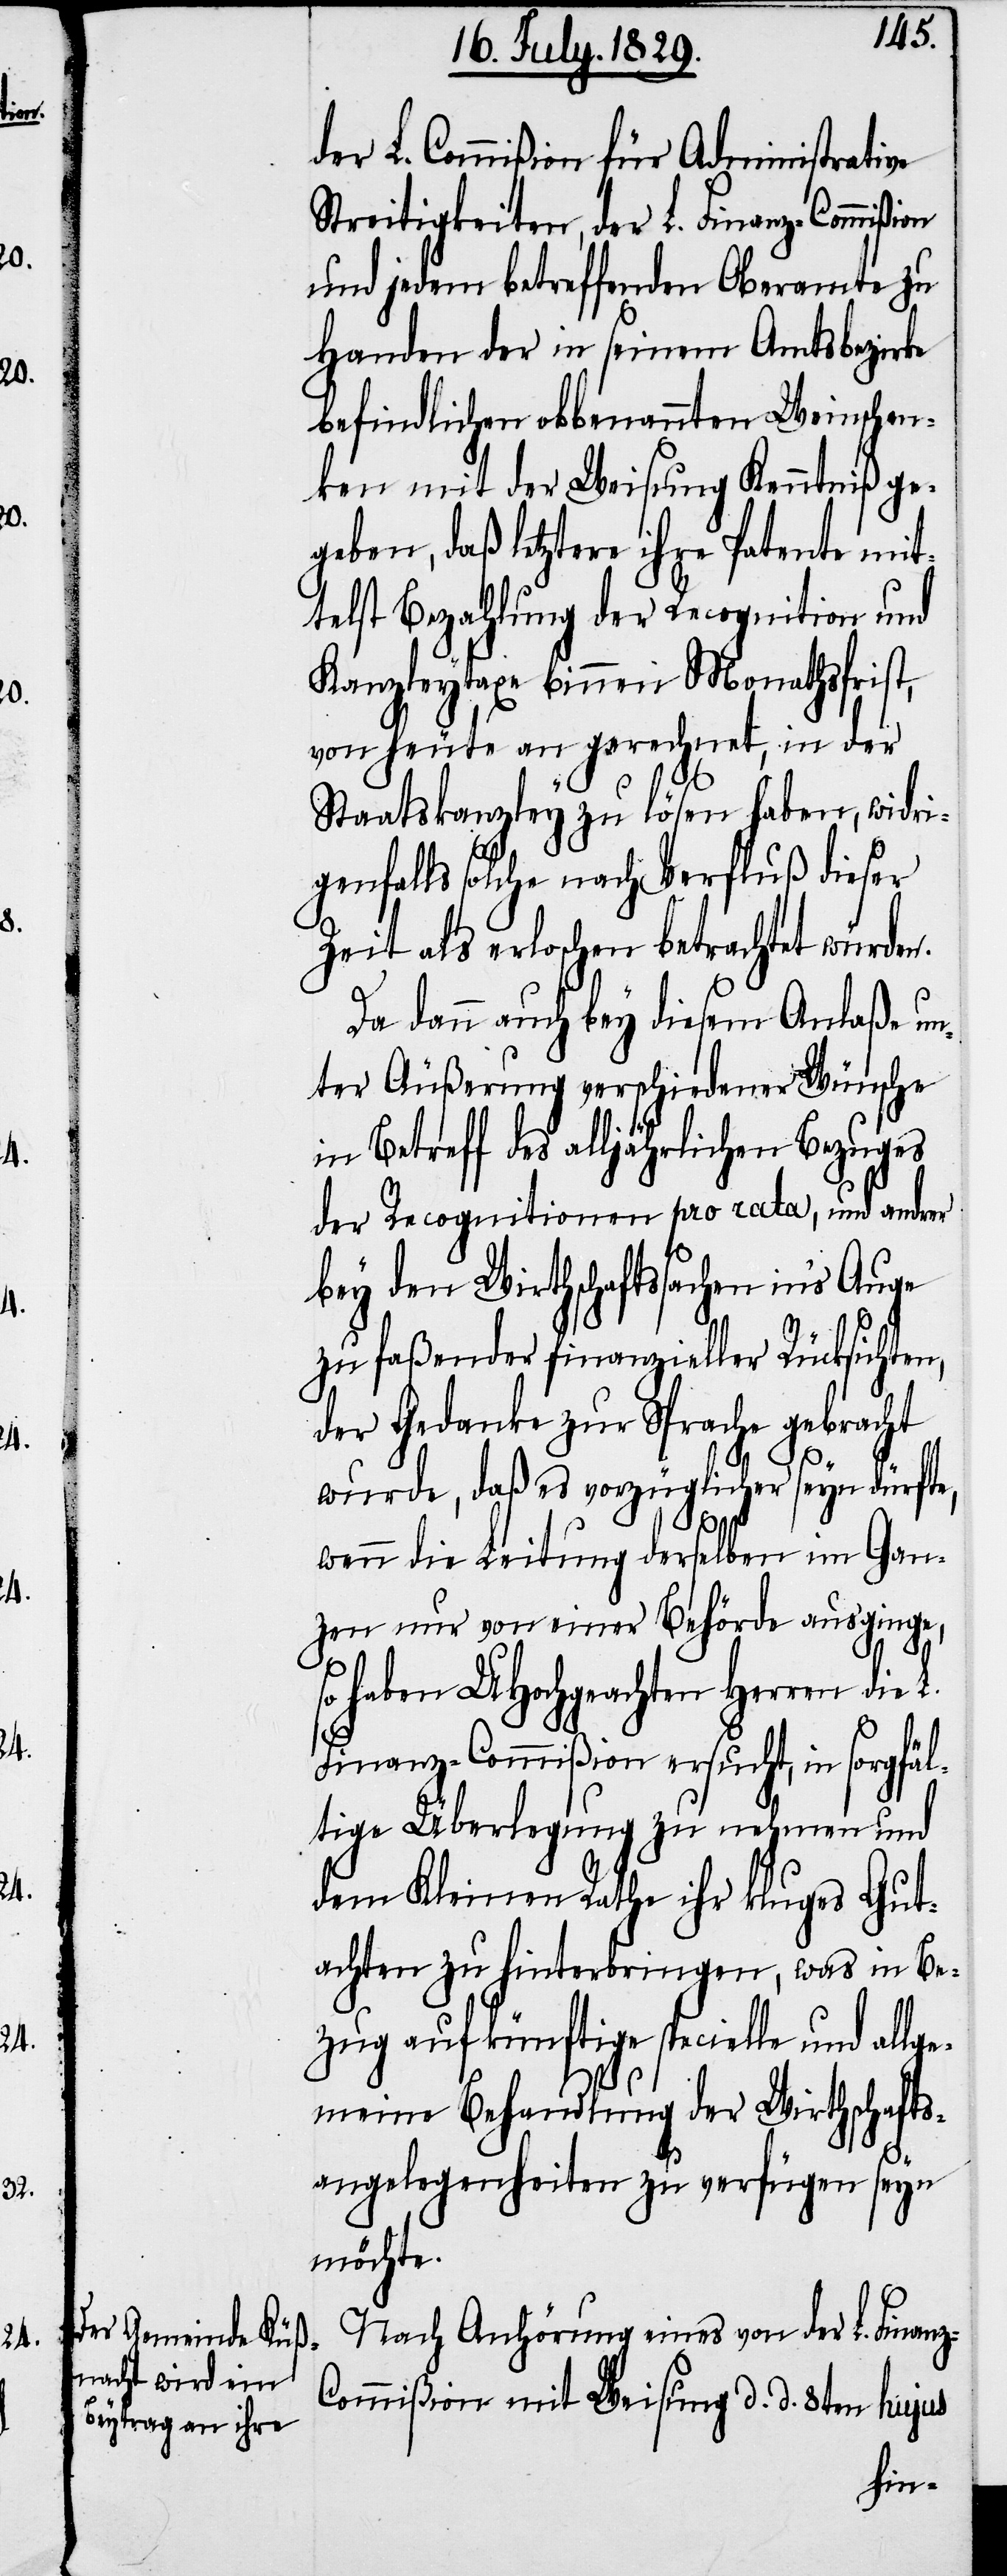
der L. Commißion für Administrative
Streitigkeiten, der L. Finanz-Commißion
und jedem betreffenden Oberamte zu
Handen der in seinem Amtsbezirke
befindlichen obbenannten Weinschen¬
ken mit der Weisung Kenntniß ge¬
geben, daß letztere ihre Patente mit¬
telst Bezahlung der Recognition und
Kanzleytaxe binnen Monathsfrist,
von heute an gerechnet, in der
Staatskanzley zu lösen haben, widri¬
genfalls solche nach Verluß dieser
Zeit als erloschen betrachtet würden.
Da dann auch bey diesem Anlaße un¬
ter Äußerung verschiedener Wünsche
in Betreff des alljährlichen Bezuges
der Recognitionen pro rata, und andrer
bey den Wirthschaftssachen in’s Auge
zu faßender finanzieller Rücksichten,
der Gedanke zur Sprache gebracht
wurde, daß es vorzüglicher seyn dürfte,
wenn die Leitung derselben im Gan¬
zen nur von einer Behörde ausginge,
so haben UHochgeachten Herren die
Finanz-Commißion ersucht, in sorgfäl¬
tige Überlegung zu nehmen und
dem Kleinen Rathe ihr kluges Gut¬
achten zu hinterbringen, was in Be¬
zug auf künftige specielle und allg¬
emeine Behandlung der Wirthschafts¬
angelegenheiten zu verfügen seyn
möchte.
Nach Anhörung eines von der L. Finanz-C¬
ommißion mit Weisung d. d. 8ten hujus